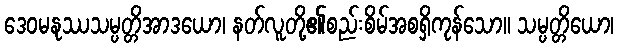
ဒေဝမနုဿသမ္ပတ္တိအာဒယော၊ နတ်လူတို့၏စည်းစိမ်အစရှိကုန်သော။ သမ္ပတ္တိယော၊